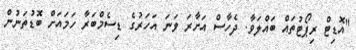
"އޮޑިޓް ރިޕޯޓުތައް ބައްލަވާ. ދެހާސް އަށާރަ ވަނަ އަހަރުގެ ޑިސެމްބަރާ ހަމައަށް ބޮޑުތަނުން